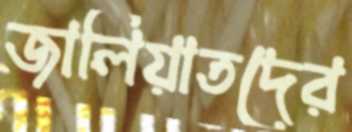
জালিয়াতদের